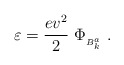
\begin{align*}\varepsilon =\frac{ev^2}{2}\ \Phi_{{}_{B^a_k}}\ .\end{align*}